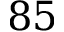
8 5